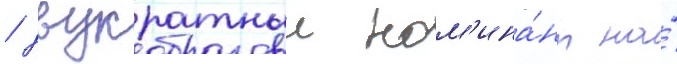
/ двукратныи ном'ина́нт на́